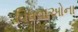
વિધવાઓના